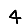
Digit: 4